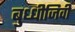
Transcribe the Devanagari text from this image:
बुध्धीजिवी